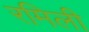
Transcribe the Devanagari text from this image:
रमिली